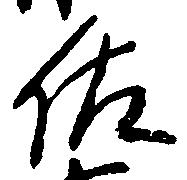
佐